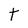
Character: t